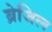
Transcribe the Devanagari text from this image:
ब्रेजिल